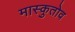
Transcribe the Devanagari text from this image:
मास्कुतोव